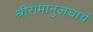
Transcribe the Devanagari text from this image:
श्रीरामानुजचार्य